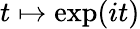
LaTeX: t\mapsto\exp(it)